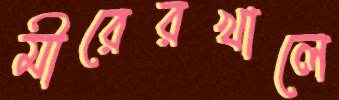
মীরেরখালে